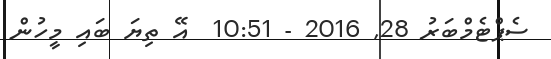
ސެޕްޓެމްބަރު 28